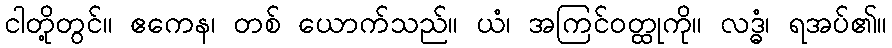
ငါတို့တွင်။ ဧကေန၊ တစ် ယောက်သည်။ ယံ၊ အကြင်ဝတ္ထုကို။ လဒ္ဓံ၊ ရအပ်၏။